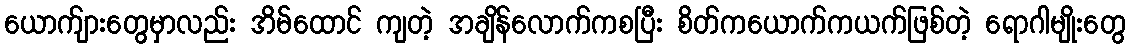
ယောက်ျားတွေမှာလည်း အိမ်ထောင် ကျတဲ့ အချိန်လောက်ကစပြီး စိတ်ကယောက်ကယက်ဖြစ်တဲ့ ရောဂါမျိုးတွေ